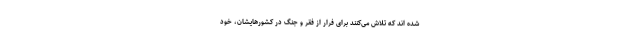
شده اند که تلاش می‌کنند برای فرار از فقر و جنگ در کشورهایشان، خود